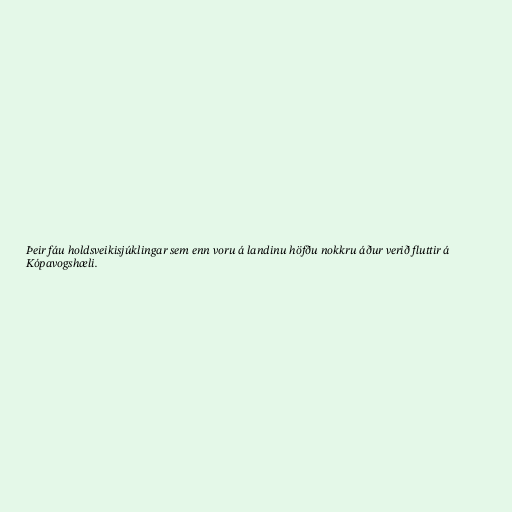
Þeir fáu holdsveikisjúklingar sem enn voru á landinu höfðu nokkru áður verið fluttir á
Kópavogshæli.